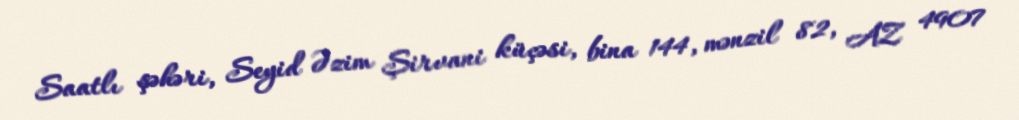
Saatlı şəhəri, Seyid Əzim Şirvani küçəsi, bina 144, mənzil 82, AZ 4907